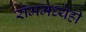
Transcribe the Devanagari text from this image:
रोममध्येही